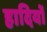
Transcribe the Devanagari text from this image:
हादियों